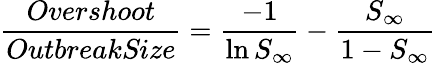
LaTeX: \frac{Overshoot}{\textit{OutbreakSize}}=\frac{-1}{\ln S_{\infty}}-\frac{S_{\infty}}{1-S_{\infty}}